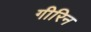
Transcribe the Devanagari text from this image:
गीरिन